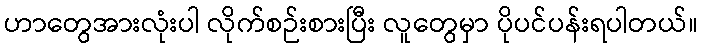
ဟာတွေအားလုံးပါ လိုက်စဉ်းစားပြီး လူတွေမှာ ပိုပင်ပန်းရပါတယ်။